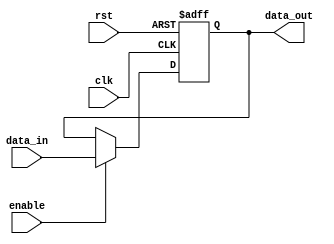
module ForwardingRegister #(
    parameter DATA_WIDTH = 32  // Parameter to define the width of the data
)(
    input wire clk,             // Clock signal
    input wire rst,             // Asynchronous reset signal
    input wire [DATA_WIDTH-1:0] data_in, // Data input
    input wire enable,          // Enable signal
    output reg [DATA_WIDTH-1:0] data_out // Data output
);

    // Asynchronous reset and synchronous update on clock edge
    always @(posedge clk or posedge rst) begin
        if (rst) begin
            data_out <= {DATA_WIDTH{1'b0}}; // Clear register (set to zero)
        end else if (enable) begin
            data_out <= data_in; // Update register with data_in
        end
        // If enable is not asserted, retain previous value (no action needed)
    end

endmodule